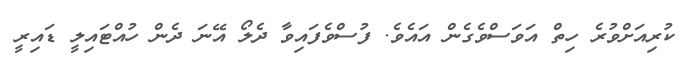
ކުރިއަށްވުރެ ހިތް އަވަސްވެގެން އައެވެ. ފުސްވެފައިވާ ދެލޯ އޭނަ ދެން ހުއްޓައިލީ ޑައިރީ